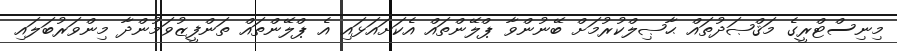
މިނިސްޓްރީގެ މަޤްޞަދުތައް ޙާޞިލްކުރުމަށް ބޭނުންވާ ޕްލޭންތައް އެކަށައަޅައި އެ ޕްލޭންތައް ތަންފީޒުވަމުންދާ މިންވަރުބަލައި